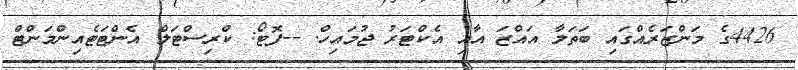
4426ގެ މަންޒަރެއްގައި ބަތަލާ އައްޒަ އާއި އެކްޓަރު ޖުމައިހް. --ފޮޓޯ: ކްރިސްޓަލް އެންޓަޓެއިންމަންޓް